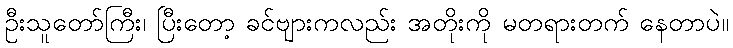
ဦးသူတော်ကြီး၊ ပြီးတော့ ခင်ဗျားကလည်း အတိုးကို မတရားတက် နေတာပဲ။